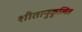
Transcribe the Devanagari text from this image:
शीतानुकूलित